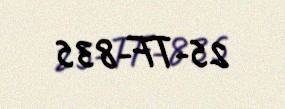
25-TF-835